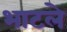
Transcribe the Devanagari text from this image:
भाटले